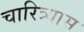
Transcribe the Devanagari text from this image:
चारित्र्यास